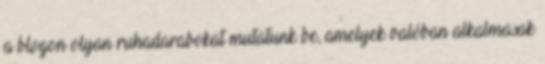
a blogon olyan ruhadarabokat mutatunk be, amelyek valóban alkalmasak